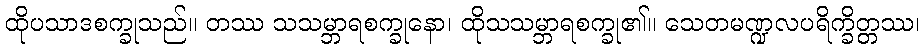
ထိုပသာဒစက္ခုသည်။ တဿ သသမ္ဘာရစက္ခုနော၊ ထိုသသမ္ဘာရစက္ခု၏။ သေတမဏ္ဍလပရိက္ခိတ္တဿ၊